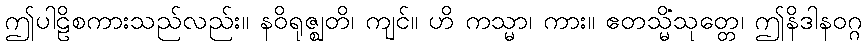
ဤပါဠိစကားသည်လည်း။ နဝိရုဇ္ဈတိ၊ ကျင်။ ဟိ ကသ္မာ၊ ကား။ ဧတသ္မိံသုတ္တေ၊ ဤနိဒါနဝဂ္ဂ